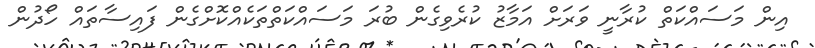
އިން މަސައްކަތް ކުރާނީ ވަރަށް އަމާޒު ކުރެވިގެން ބުރަ މަސައްކަތްތަކެއްކޮށްގެން ފައިސާތައް ހޯދުން